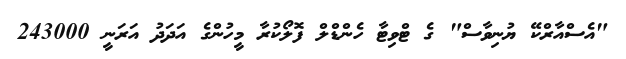
"އެސްއާރްކޭ ޔުނިވާސް" ގެ ޓްވިޓާ ހެންޑްލް ފޮލޯކުރާ މީހުންގެ އަދަދު އަރަނީ 243000